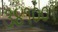
૩૪૧૦૦૧